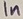
Text: In